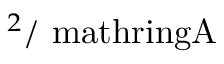
^ { 2 } / \mathrm { \ m a t h r i n g { A } }